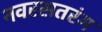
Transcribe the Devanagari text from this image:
नवरसतरंग